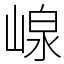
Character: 㟫